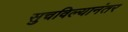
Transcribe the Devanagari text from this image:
सुचविल्यानंतर